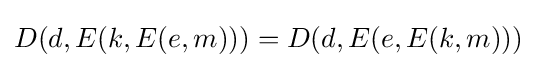
D(d,E(k,E(e,m)))=D(d,E(e,E(k,m)))